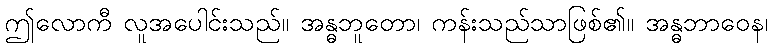
ဤလောကီ လူအပေါင်းသည်။ အန္ဓဘူတော၊ ကန်းသည်သာဖြစ်၏။ အန္ဓဘာဝေန၊